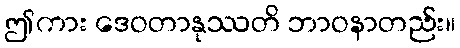
ဤကား ဒေဝတာနုဿတိ ဘာဝနာတည်း။